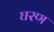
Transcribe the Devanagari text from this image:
घरण